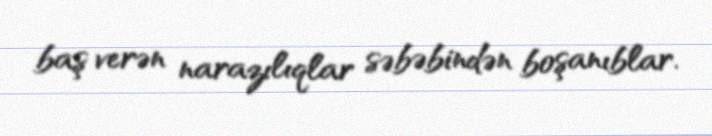
baş verən narazılıqlar səbəbindən boşanıblar.